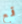
قمع